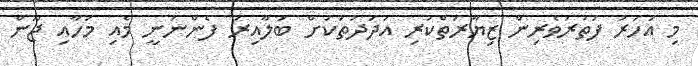
މި އަހަރު ފަތުރުވެރިން ޒިޔާރަތްކުރި އަދަދުތަކަށް ބަލާއިރު ފެންނަނީ މެއި މަހާއި ޖޫން